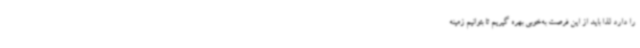
را دارد لذا باید از این فرصت به‌خوبی بهره گیریم تا بتوانیم زمینه